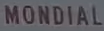
MONDIAL